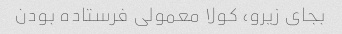
بجای زیرو، کولا معمولی فرستاده بودن